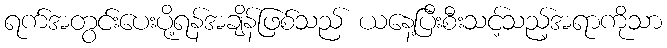
ရက်အတွင်းပေးပို့ရန်အချိန်ဖြစ်သည် ယနေ့ပြီးစီးသင့်သည့်အရာကိုသာ